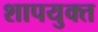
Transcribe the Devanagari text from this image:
शापयुक्‍त